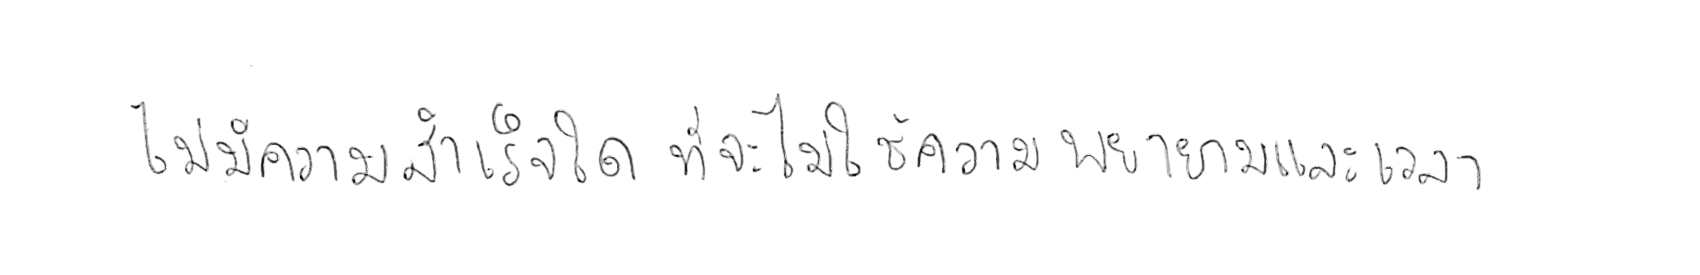
ไม่มีความสำเร็จใด ที่จะไม่ใช้ความพยายามและเวลา